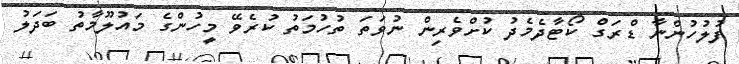
ފުލުހުންނާ ޑްރަގް ކޯޓާދެމެދު ކުށްވެރިން ނުވަތަ ތުހުމަތު ކުރެވޭ މީހުންގެ މައުލޫމާތު ބަދަލު